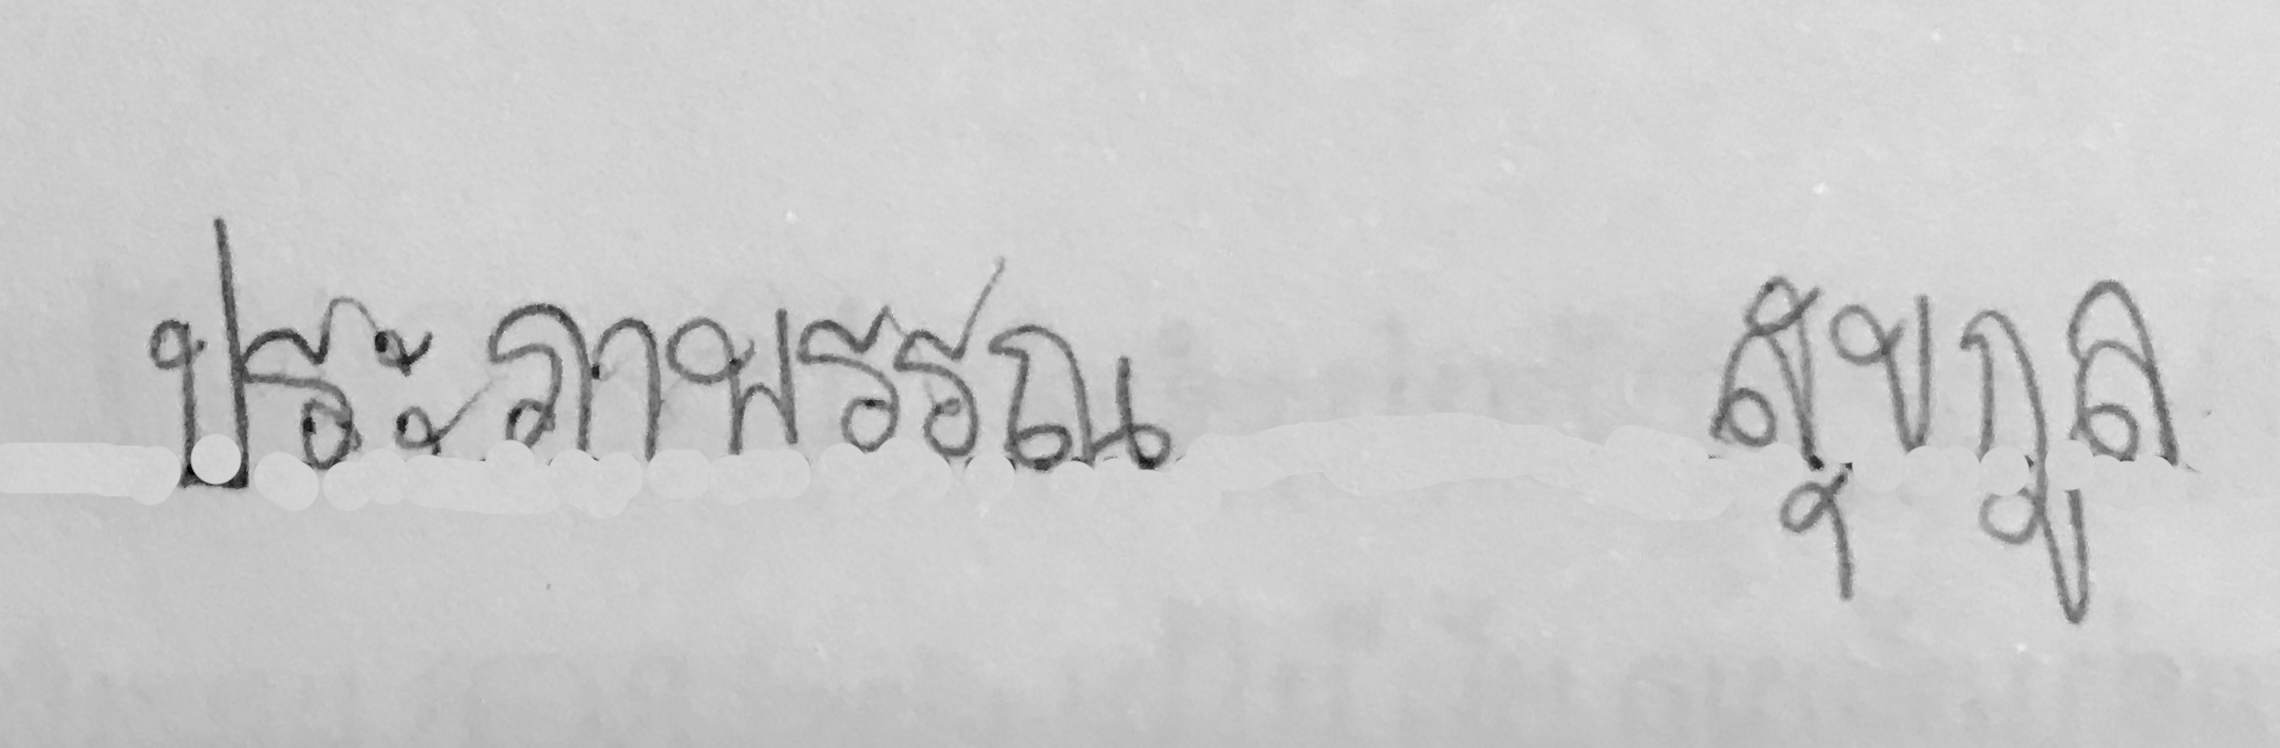
ประภาพรรณ สุขกูล